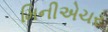
મિનીએચર